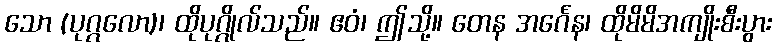
သော (ပုဂ္ဂလော)၊ ထိုပုဂ္ဂိုလ်သည်။ ဧဝံ၊ ဤသို့။ တေန အင်္ဂေန၊ ထိုမိမိအကျိုးစီးပွား